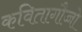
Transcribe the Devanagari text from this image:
कवितागौच्चो